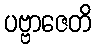
ပဗ္ဗာဇေတိ